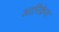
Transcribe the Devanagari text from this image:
आरिकेरा